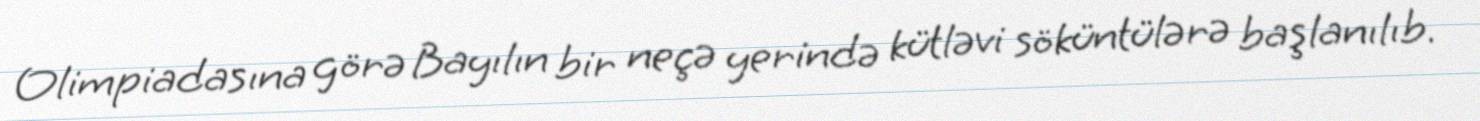
Olimpiadasına görə Bayılın bir neçə yerində kütləvi söküntülərə başlanılıb.